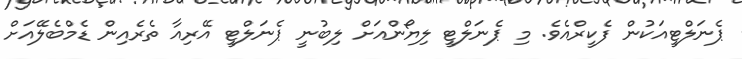
ޕެނަލްޓީއަކުން ފެކީރްއެވެ. މި ޕެނަލްޓީ ލިޔޯންއަށް ލިބުނީ ޕެނަލްޓީ އޭރިއާ ތެރެއިން ޑެމްބެލޭއަށް